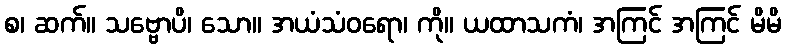
စ၊ ဆက်။ သဗ္ဗောပိ၊ သော။ အယံသံဝရော၊ ကို။ ယထာသကံ၊ အကြင် အကြင် မိမိ